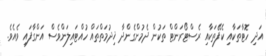
އަދި ހޮޓާތަކާއި ކެފޭތަކާއި ރެސްޓޯރަންޓް ތަކުން ދެމުންގެންދާ ޚިދުމަތްތައް ހުއްޓައިލަންވެސް އަންގާފައި ވެއެވެ.